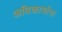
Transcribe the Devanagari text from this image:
अधिकार्याना